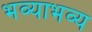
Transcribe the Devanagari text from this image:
भव्याभव्य